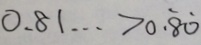
0 . 8 1 \cdots > 0 . \dot { 8 } \dot { 0 }